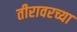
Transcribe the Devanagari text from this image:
तीरावरच्या